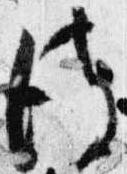
彼